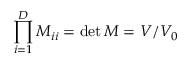
\prod _ { i = 1 } ^ { D } M _ { i i } = \operatorname* { d e t } M = V / V _ { 0 }